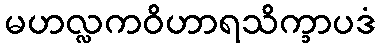
မဟလ္လကဝိဟာရသိက္ခာပဒံ